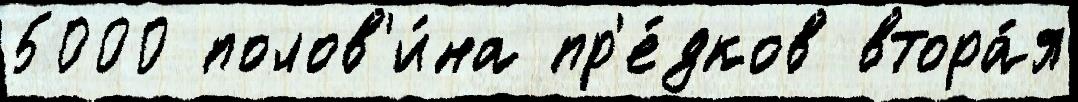
5000 полов'и́на пр'е́дков втора́я